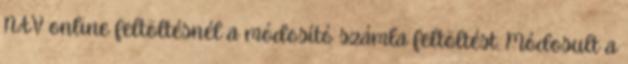
NAV online feltöltésnél a módosító számla feltöltést. Módosult a